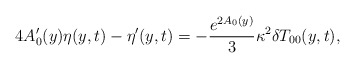
\begin{align*}4A_0^\prime(y)\eta(y,t)-\eta^\prime(y,t)=-\frac{e^{2A_0(y)}}{3}\kappa^2 \delta T_{00}(y,t),\end{align*}